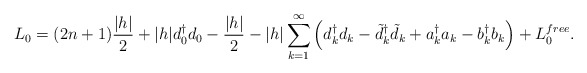
\begin{align*}L_0= (2n+1){|h|\over 2} + |h|d_0^\dagger d_0 -{|h|\over 2} -|h|\sum_{k=1}^\infty\left( d^\dagger_k d_k- \tilde{d}^\dagger_k \tilde{d}_k+a^\dagger_k a_k -b^\dagger_k b_k \right) + L_0^{free}.\end{align*}